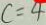
c = 4